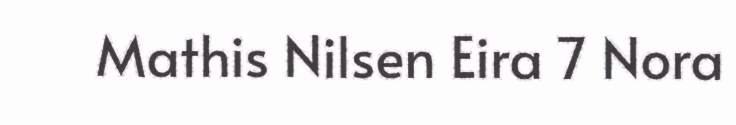
Mathis Nilsen Eira 7 Nora